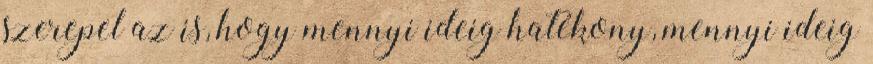
szerepel az is, hogy mennyi ideig hatékony, mennyi ideig